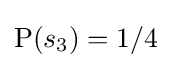
\operatorname {P} (s_{3})=1/4